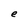
Character: e